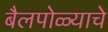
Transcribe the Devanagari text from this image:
बैलपोळ्याचे